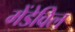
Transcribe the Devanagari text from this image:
मेंडेविल